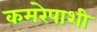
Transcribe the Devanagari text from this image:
कमरेपाशी